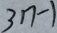
3 n - 1